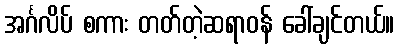
အင်္ဂလိပ် စကား တတ်တဲ့ဆရာဝန် ခေါ်ချင်တယ်။